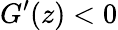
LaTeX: G^{\prime}(z)<0